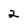
Character: 2